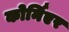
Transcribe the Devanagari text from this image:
कोर्निएर